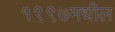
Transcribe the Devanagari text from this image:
१९९७मधील